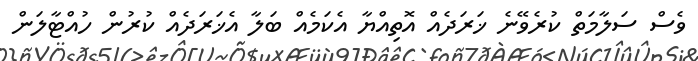
ވެސް ސަލާމަތް ކުރެވޭނެ ޚަރަދެއް އޮތިއްޔާ އެކަމެއް ބަލާ އެޚަރަދެއް ކުރުން ހުއްޓާލަން